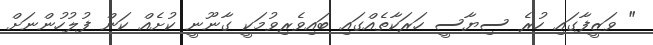
" ވަޒީފާގައި ހުރެ ސިޔާސީ ހަރަކާތެއްގައި ބައިވެރިވުމަކީ ގާނޫނީ ކުށެއް ކަން ފުލުހުންނަށް